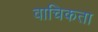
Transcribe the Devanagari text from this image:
वाचिकता